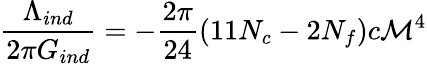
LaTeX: {\frac{\Lambda_{ind}}{2\pi G_{ind}}}=-{\frac{2\pi}{24}}(11N_{c}-2N_{f})c{\cal M}^{4}